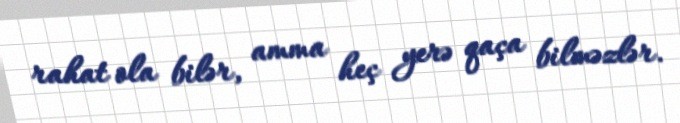
rahat ola bilər, amma heç yerə qaça bilməzlər.